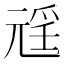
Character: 𭀩